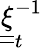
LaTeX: \underline{{\underline{{\xi}}}}_{t}^{-1}